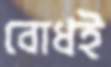
বোধই